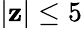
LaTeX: |\mathbf{z}|\leq5